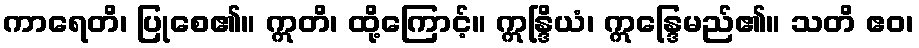
ကာရေတိ၊ ပြုစေ၏။ ဣတိ၊ ထို့ကြောင့်။ ဣန္ဒြိယံ၊ ဣန္ဒြေမည်၏။ သတိ ဧဝ၊